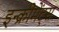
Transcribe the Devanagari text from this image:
इन्‍क्रीमेंट्‌स